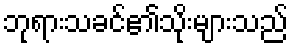
ဘုရားသခင်၏သိုးများသည်